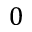
0